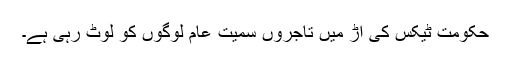
حکومت ٹیکس کی آڑ میں تاجروں سمیت عام لوگوں کو لوٹ رہی ہے۔